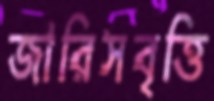
জারিসবৃত্তি